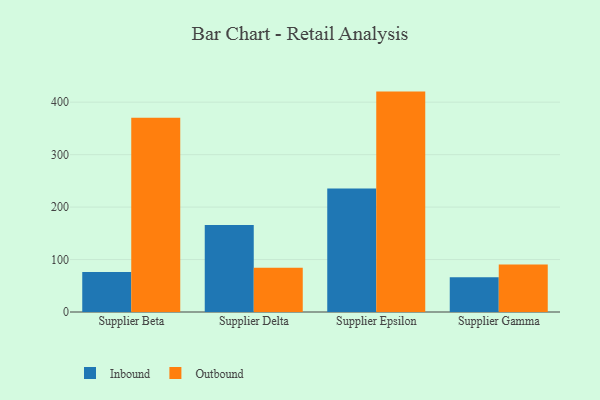
{"axis": {"x": "Supplier", "y": "Customer Acquisition Cost (USD)"}, "legend": ["Inbound", "Outbound"], "data": [{"x": "Supplier Beta", "y": 76.1, "type": "Inbound"}, {"x": "Supplier Beta", "y": 370.3, "type": "Outbound"}, {"x": "Supplier Delta", "y": 165.8, "type": "Inbound"}, {"x": "Supplier Delta", "y": 84.3, "type": "Outbound"}, {"x": "Supplier Epsilon", "y": 235.5, "type": "Inbound"}, {"x": "Supplier Epsilon", "y": 420.2, "type": "Outbound"}, {"x": "Supplier Gamma", "y": 66.4, "type": "Inbound"}, {"x": "Supplier Gamma", "y": 90.4, "type": "Outbound"}]}